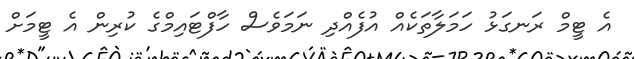
އެ ޓީމް ރަނގަޅު ހަމަލާތަކެއް އުފެއްދި ނަމަވެސް ހާފްޓައިމްގެ ކުރިން އެ ޓީމަށް